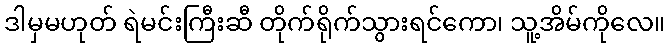
ဒါမှမဟုတ် ရဲမင်းကြီးဆီ တိုက်ရိုက်သွားရင်ကော၊ သူ့အိမ်ကိုလေ။